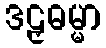
ဒဠှဓမ္မာ